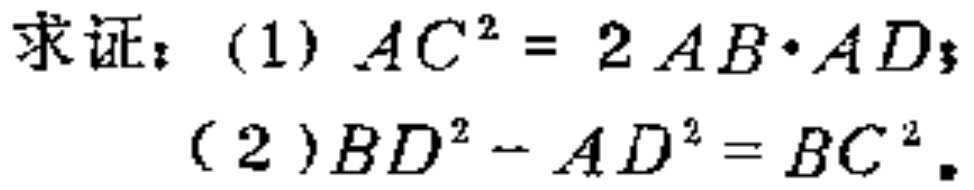
求证：(1) \(AC^{2}=2AB\cdot AD\)；
(2) \(BD^{2}-AD^{2}=BC^{2}\)。